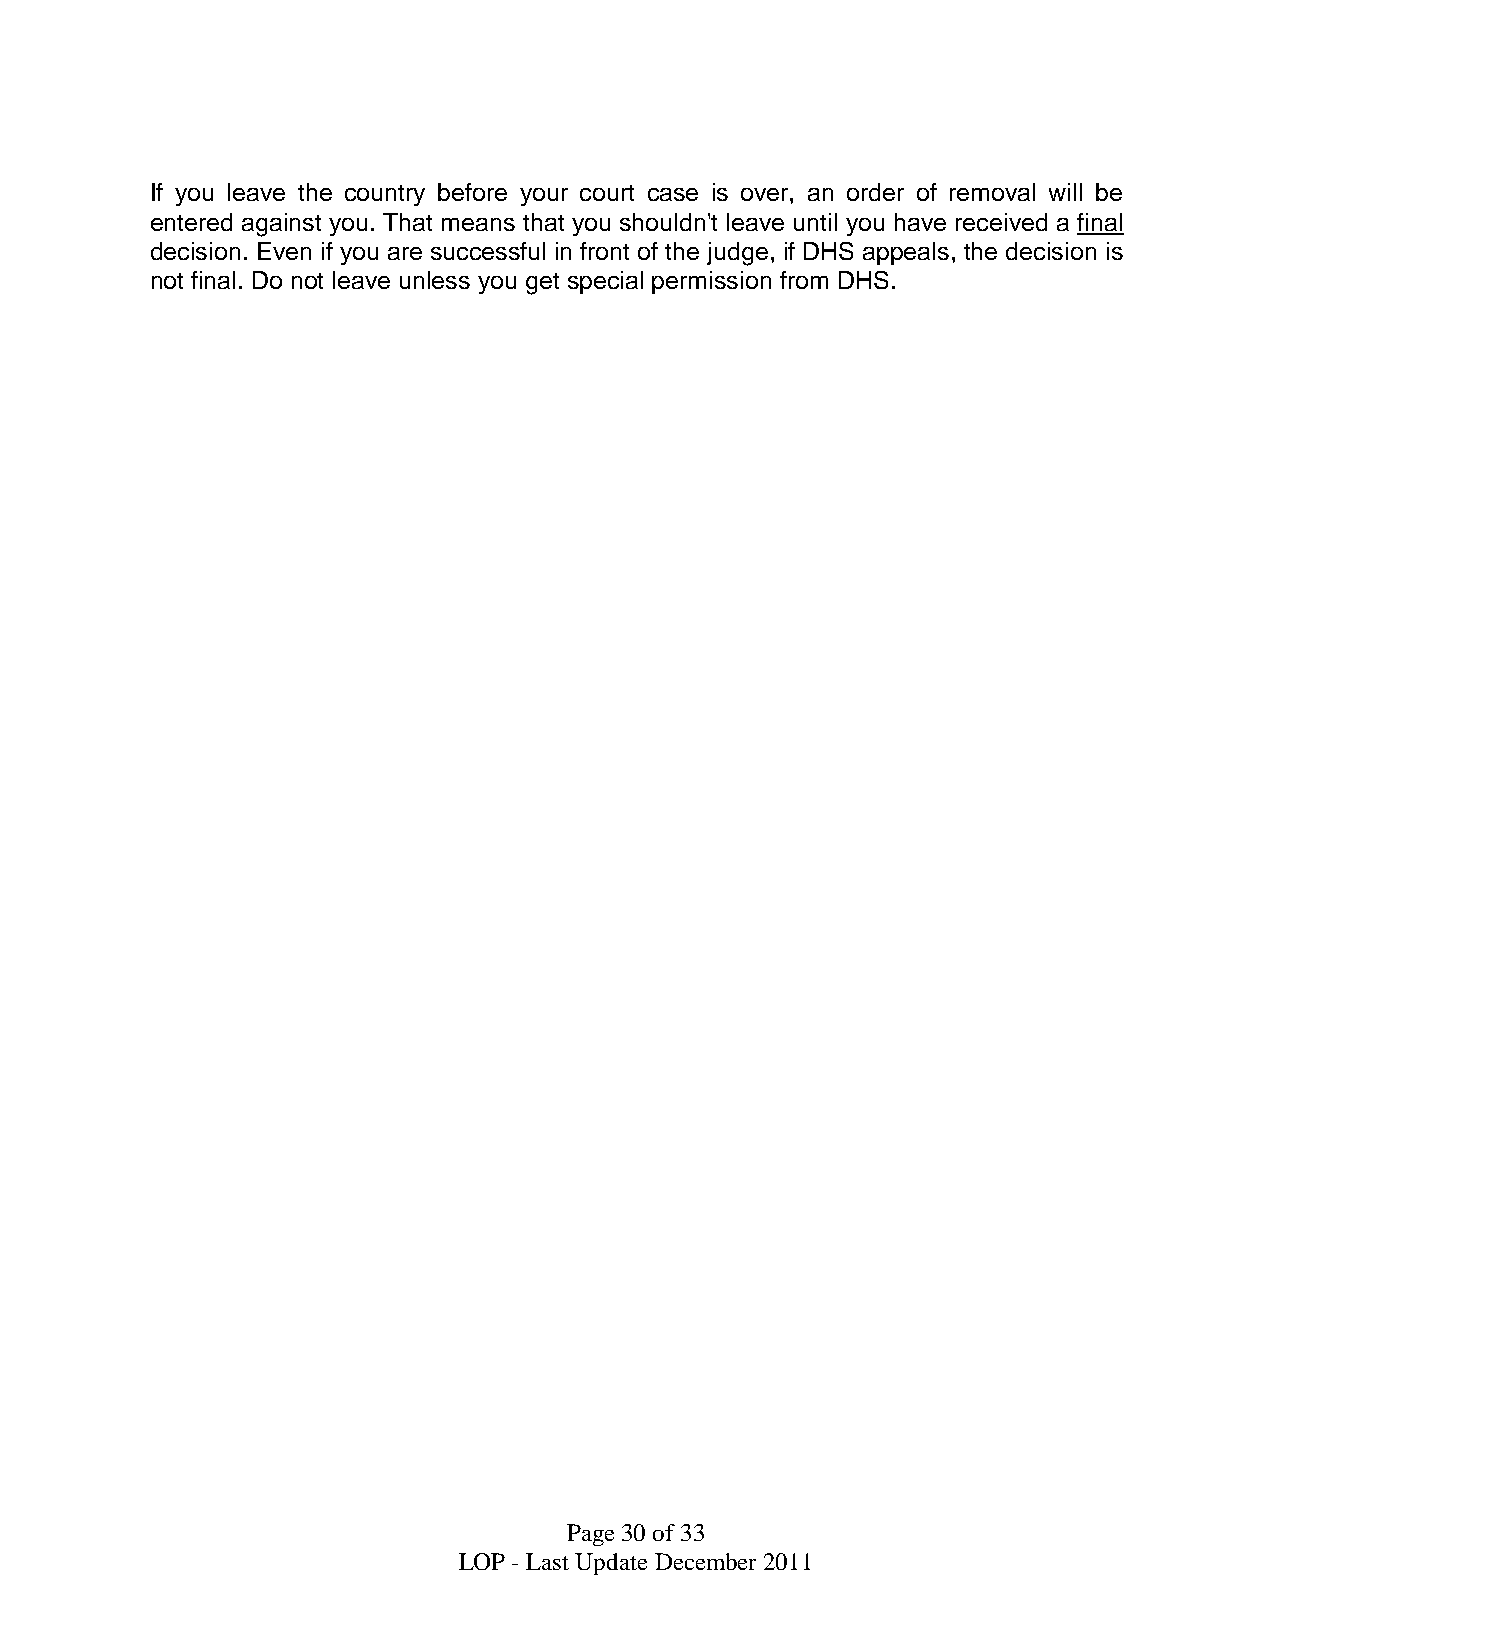
If you leave the country before your court case is over, an order of removal will be
 entered against you. That means that you shouldn't leave until you have received a final
 decision. Even if you are successful in front of the judge, if DHS appeals, the decision is
 not final. Do not leave unless you get special permission from DHS.
 Page30of33
 LOP - Last UpdateDecember2011